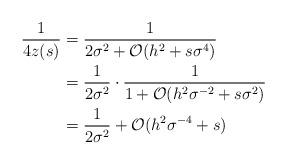
LaTeX: \begin{align*}\frac{1}{4z(s)}&=\frac{1}{2\sigma^2+\mathcal{O}(h^2+s\sigma^4)}\\&=\frac{1}{2\sigma^2}\cdot\frac{1}{1+\mathcal{O}(h^2\sigma^{-2}+s\sigma^2)}\\&=\frac{1}{2\sigma^2}+\mathcal{O}(h^2\sigma^{-4}+s)\end{align*}